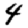
Digit: 4